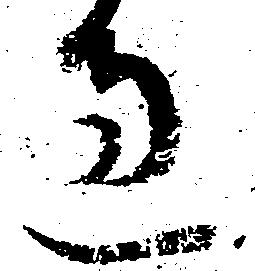
過